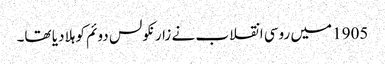
1905 میں روسی انقلاب نے زار نکولس دوئم کو ہلا دیا تھا۔